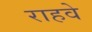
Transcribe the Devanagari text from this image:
राहवे